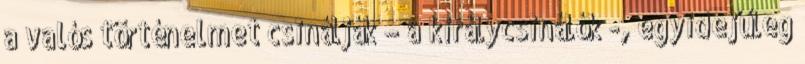
a valós történel­met csi­nálják – a királycsinálók -, egyidejűleg